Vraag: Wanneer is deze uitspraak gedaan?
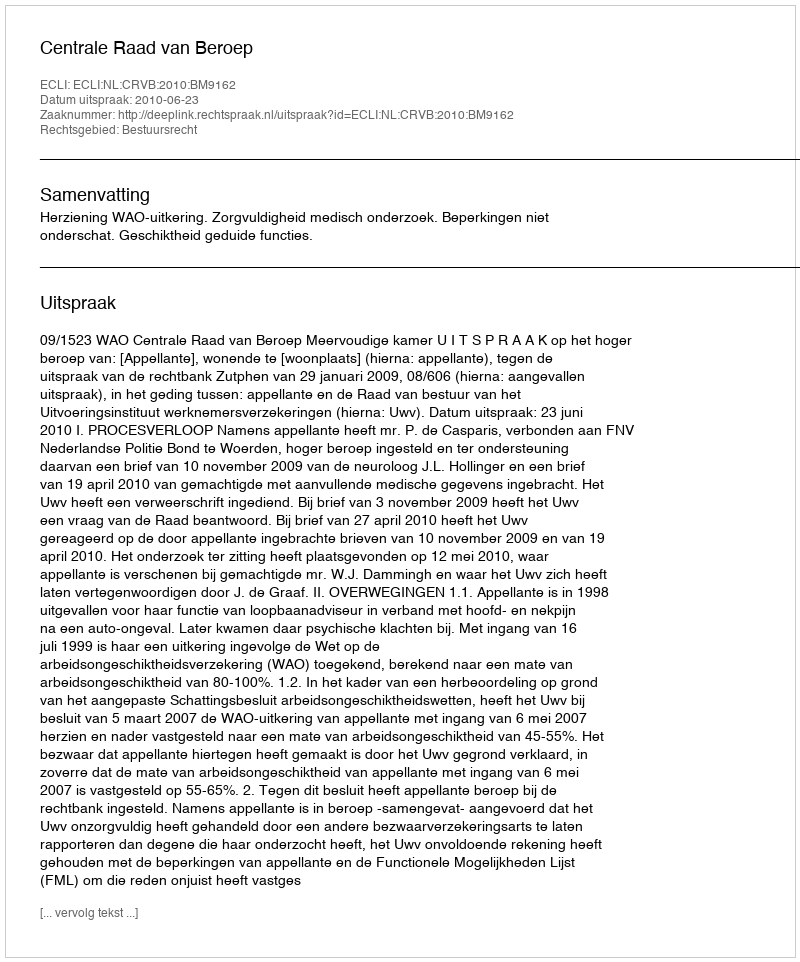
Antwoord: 2010-06-23